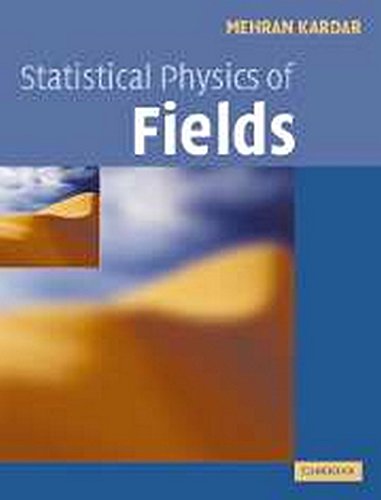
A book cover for Statistical Physics of Fields; Mehran Kardar; Science & Math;